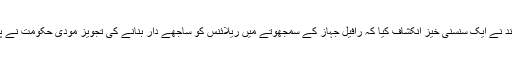
گزشتہ 21 ستمبر کو فرانس کے سابق صدر فرانسوا اولاند نے ایک سنسنی خیز انکشاف کیا کہ رافیل جہاز کے سمجھوتے میں ریلائنس کو ساجھے دار بنانے کی تجویز مودی حکومت نے پیش کی تھی اور اس میں فرانس کا کوئی کردار نہیں ہے۔